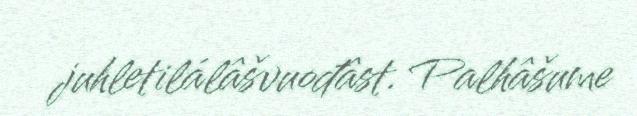
juhletilálâšvuođâst. Palhâšume